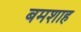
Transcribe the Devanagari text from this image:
बमशाह